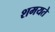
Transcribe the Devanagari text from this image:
शमयते